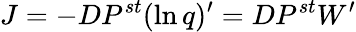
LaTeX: J=-DP^{st}(\ln q)^{\prime}=DP^{st}W^{\prime}